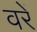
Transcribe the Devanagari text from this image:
वरें